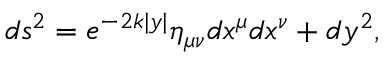
d s ^ { 2 } = e ^ { - 2 k | y | } \eta _ { \mu \nu } d x ^ { \mu } d x ^ { \nu } + d y ^ { 2 } ,